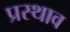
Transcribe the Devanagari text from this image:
प्रस्थाव